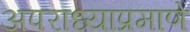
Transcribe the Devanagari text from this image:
अपराध्याप्रमाणे